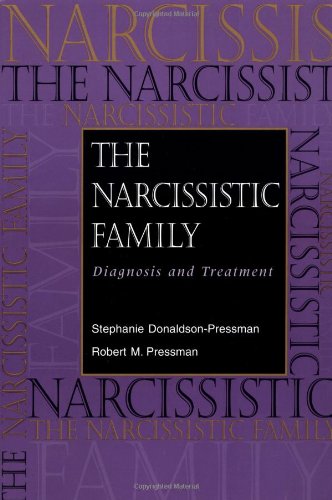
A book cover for The Narcissistic Family: Diagnosis and Treatment; Stephanie Donaldson-Pressman; Parenting & Relationships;